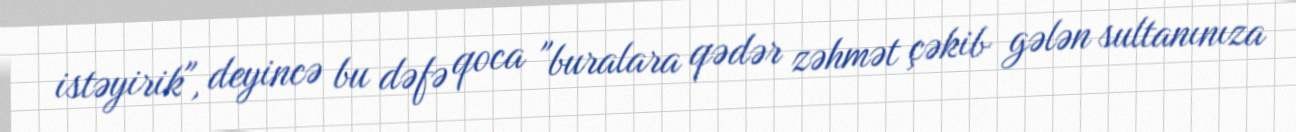
istəyirik", deyincə bu dəfə qoca "buralara qədər zəhmət çəkib gələn sultanınıza